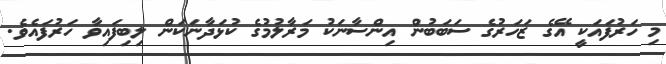
މި ހަރުފައަކީ އޭގެ ޒަހަރުގެ ސަބަބުން އިންސާނަކު މަރާލުމުގެ ކުޅަދާނަކަން ލިބިފައިވާ ހަރުފައެވެ.